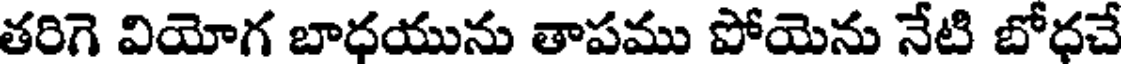
తరిగె వియోగ బాధయును తాపము పోయెను నేటి బోధచే